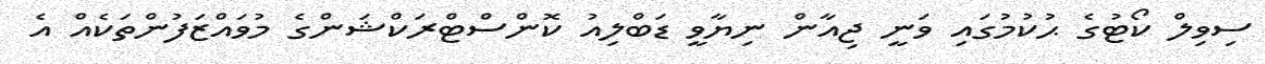
ސިވިލް ކޯޓުގެ ޙުކުމުގައި ވަނީ ޖިއާން ނިޔާވީ ޑަބްލިއު ކޮންސްޓްރަކްޝަންގެ މުވައްޒަފުންތަކެއް އެ